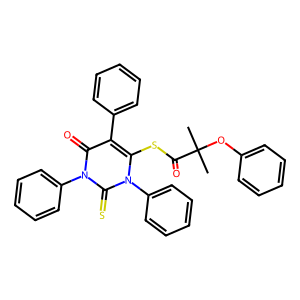
SMILES: CC(C)(Oc1ccccc1)C(=O)Sc1c(-c2ccccc2)c(=O)n(-c2ccccc2)c(=S)n1-c1ccccc1
Inhibits HIV replication: No